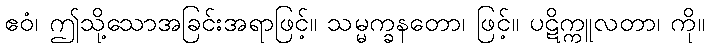
ဧဝံ၊ ဤသို့သောအခြင်းအရာဖြင့်။ သမ္မက္ခနတော၊ ဖြင့်။ ပဋိက္ကူလတာ၊ ကို။